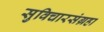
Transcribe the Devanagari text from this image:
सुविचारसंग्रहा